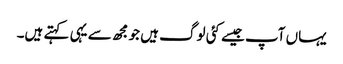
یہاں آپ جیسے کئی لوگ ہیں جو مجھ سے یہی کہتے ہیں۔